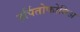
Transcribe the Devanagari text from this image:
हर्पितोफोबिअ